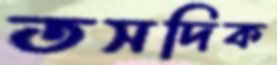
তসদিক